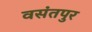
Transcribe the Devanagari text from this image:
वसंतपुर